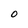
Character: o